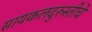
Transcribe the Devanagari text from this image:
सायकलदुरुस्तीचे